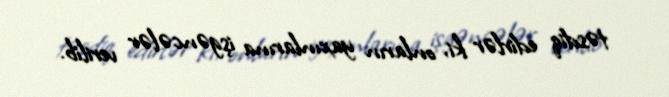
təsdiq edirlər ki, onların yaxınlarına işgəncələr verilib.